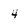
Character: 4